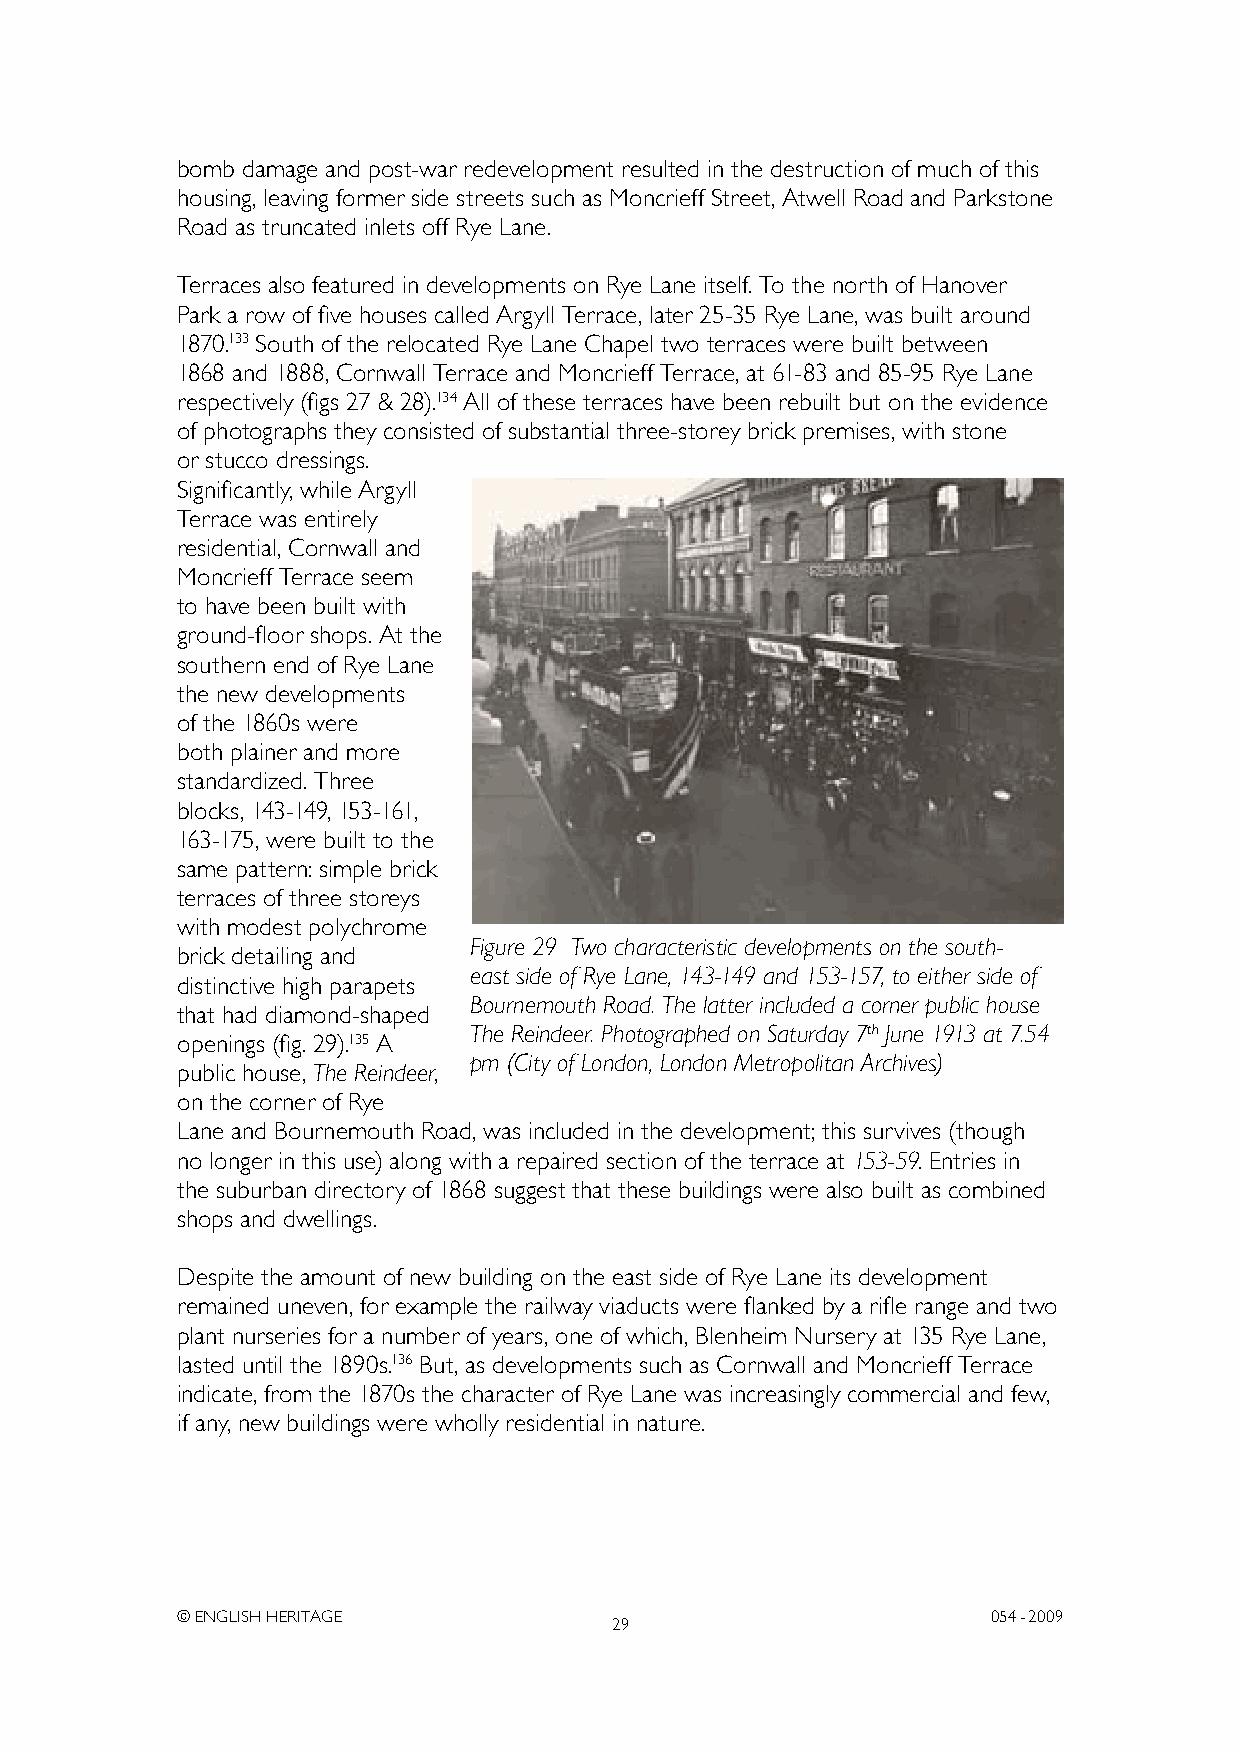
bomb damage and post-war redevelopment resulted in the destruction of much of this
 housing, leaving former side streets such as Moncrieff Street, Atwell Road and Parkstone
 Road as truncated inlets off Rye Lane.
 Terraces also featured in developments on Rye Lane itself. To the north of Hanover
 Park a row of five houses called Argyll Terrace, later 25-35 Rye Lane, was built around
 1870.133 South of the relocated Rye Lane Chapel two terraces were built between
 1868 and 1888, Cornwall Terrace and Moncrieff Terrace, at 61-83 and 85-95 Rye Lane
 respectively (figs 27 & 28).134 All of these terraces have been rebuilt but on the evidence
 of photographs they consisted of substantial three-storey brick premises, with stone
 or stucco dressings.
 Significantly, while Argyll
 Terrace was entirely
 residential, Cornwall and
 Moncrieff Terrace seem
 to have been built with
 ground-floor shops. At the
 southern end of Rye Lane
 the new developments
 of the 1860s were
 both plainer and more
 standardized. Three
 blocks, 143-149, 153-161,
 163-175, were built to the
 same pattern: simple brick
 terraces of three storeys
 with modest polychrome
 Figure 29 Two characteristic developments on the south-
 brick detailing and
 east side of Rye Lane, 143-149 and 153-157, to either side of
 distinctive high parapets
 Bournemouth Road. The latter included a corner public house
 that had diamond-shaped
 The Reindeer. Photographed on Saturday 7th June 1913 at 7.54
 openings (fig. 29).135 A
 pm (City of London, London Metropolitan Archives)
 public house, The Reindeer,
 on the corner of Rye
 Lane and Bournemouth Road, was included in the development; this survives (though
 no longer in this use) along with a repaired section of the terrace at 153-59. Entries in
 the suburban directory of 1868 suggest that these buildings were also built as combined
 shops and dwellings.
 Despite the amount of new building on the east side of Rye Lane its development
 remained uneven, for example the railway viaducts were flanked by a rifle range and two
 plant nurseries for a number of years, one of which, Blenheim Nursery at 135 Rye Lane,
 lasted until the 1890s.136 But, as developments such as Cornwall and Moncrieff Terrace
 indicate, from the 1870s the character of Rye Lane was increasingly commercial and few,
 if any, new buildings were wholly residential in nature.
 © ENGLISH HERITAGE                                    054- 2009
 29